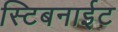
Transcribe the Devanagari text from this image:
स्टिबनाईट